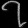
Digit: ၇